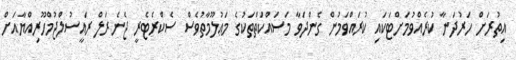
އިތުރަށް ހަރުދަނާ ކުރެއްވުމަށްޓަކައި ކުރައްވަމުން ގެންދަވާ މަސައްކަތްތަކުގެ މަޢުލޫމާތުވެސް ސެކްރެޓެރީ ޖެނެރަލް ރައީސުލްޖުމްހޫރިއްޔާއަށް